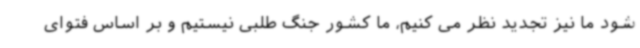
شود ما نیز تجدید نظر می کنیم، ما کشور جنگ طلبی نیستیم و بر اساس فتوای